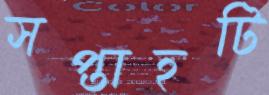
সপ্তাহটি